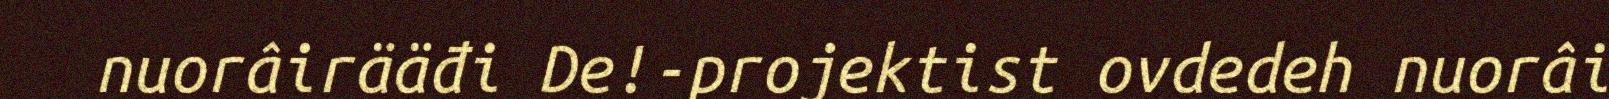
nuorâirääđi De!-projektist ovdedeh nuorâi